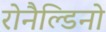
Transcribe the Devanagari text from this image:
रोनैल्डिनो